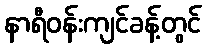
နာရီဝန်းကျင်ခန့်တွင်